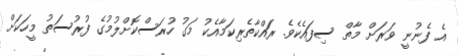
އެ ފެނުނީ ވަރަށް މާތް ސިފައެކެވެ. ރައްކާތެރިކަމާއެކު މަގު ހުރަސްކޮށްލުމުގެ ފުރުސަތު މީހަކަށް